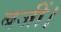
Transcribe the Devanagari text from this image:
बजीं।